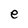
Character: e